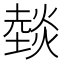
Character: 燅